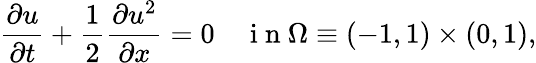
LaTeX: \frac{\partial u}{\partial t}+\frac{1}{2}\frac{\partial u^{2}}{\partial x}=0\quad\mathrm{~i~n~}\Omega\equiv(-1,1)\times(0,1),